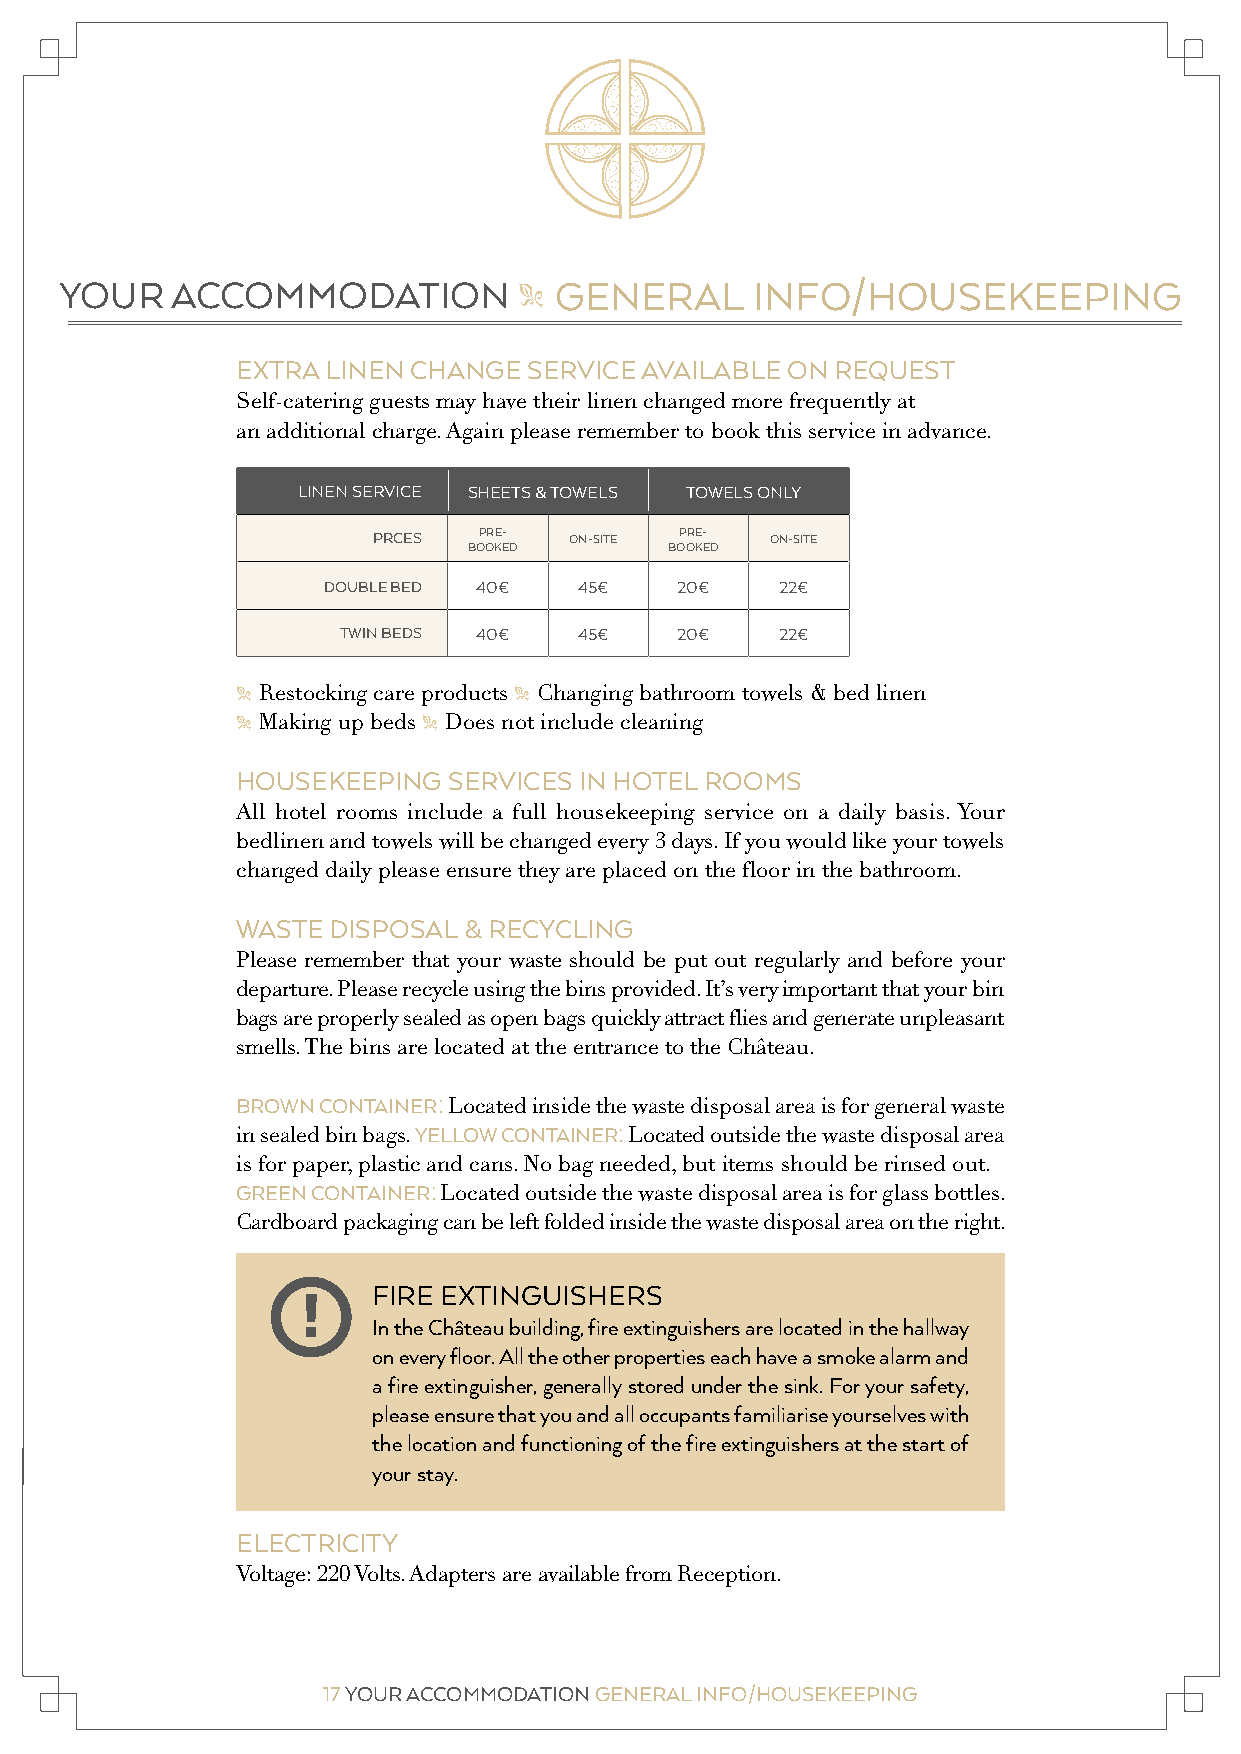
YOUR   ACCOMMODATION             GENERAL      INFO/HOUSEKEEPING
 "
 EXTRA LINEN CHANGE SERVICE AVAILABLE ON REQUEST
 Self-catering guests may have their linen changed more frequently at
 an additional charge. Again please remember to book this service in advance.
 LINEN SERVICE SHEETS & TOWELS TOWELS ONLY
 PRCES  PRE-  ON-SITE PRE- ON-SITE
 BOOKED       BOOKED
 DOUBLE BED 40€   45€    20€    22€
 TWIN BEDS 40€   45€    20€    22€
 " Restocking care products " Changing bathroom towels & bed linen
 " Making up beds " Does not include cleaning
 HOUSEKEEPING  SERVICES IN HOTEL ROOMS
 All hotel rooms include a full housekeeping service on a daily basis. Your
 bedlinen and towels will be changed every 3 days. If you would like your towels
 changed daily please ensure they are placed on the floor in the bathroom.
 WASTE DISPOSAL & RECYCLING
 Please remember that your waste should be put out regularly and before your
 departure. Please recycle using the bins provided. It’s very important that your bin
 bags are properly sealed as open bags quickly attract flies and generate unpleasant
 smells. The bins are located at the entrance to the Château.
 BROWN CONTAINER: Located inside the waste disposal area is for general waste
 in sealed bin bags. YELLOW CONTAINER: Located outside the waste disposal area
 is for paper, plastic and cans. No bag needed, but items should be rinsed out.
 GREEN CONTAINER: Located outside the waste disposal area is for glass bottles.
 Cardboard packaging can be left folded inside the waste disposal area on the right.
 FIRE EXTINGUISHERS
 !
 In the Château building, fire extinguishers are located in the hallway
 on every floor. All the other properties each have a smoke alarm and
 a fire extinguisher, generally stored under the sink. For your safety,
 please ensure that you and all occupants familiarise yourselves with
 the location and functioning of the fire extinguishers at the start of
 your stay.
 ELECTRICITY
 Voltage: 220 Volts. Adapters are available from Reception.
 16 YOUR ACCOMMODATION GENERAL INFO/HOUSEKEEPING 17 YOUR ACCOMMODATION GENERAL INFO/HOUSEKEEPING